Report on sanitation, dispensaries, and jails in Rajputana for 1918, and on vaccination for the year 1918-1919 - 1918-1919
Year: 1918
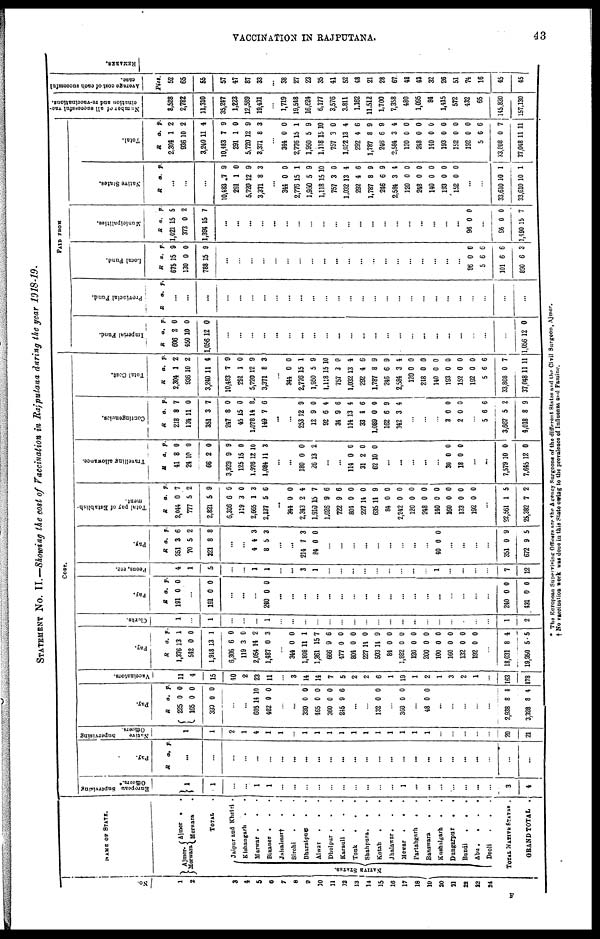
VACCINATION IN RAJPUTANA.
43
STATEMENT No. II.—Showing the cost of Vaccination in Rajputana during the year 1918-19.
No.
1
2
3
4
5
6
7
8
9
10
11
12
13
14
15
16
17
18
19
20
21
22
23
24
NAME OF STATE.
Ajmer¬
Merwara
NATIVE STATES.
Ajmer . .
Merwara .
TOTAL .
Jaipur and Khetri .
Kishangarh
. .
Merwar .
. .
Bikaner . . .
Jaisalmer†
. .
Sirohi
. . .
Bharatpur . .
Alwar
.
. .
Dholpur . . .
Karauli . . .
Tonk
. . .
Shahpura.
. .
Kotah . . .
Jhalawar.
.
.
Mewar .
. .
Partabgarh
. .
Banswara
. .
Kushalgarh
.
.
Dungarpur .
.
Bundi
.
.
.
Abu.
.
.
.
Deoli
.
.
.
TOTAL NATIVE STATES .
GRAND TOTAL .
COST.
European Supervising
Officers.*
1
1
...
...
1
1
...
...
...
...
...
...
...
...
...
...
1
...
...
...
...
...
...
...
3
4
Pay.
R
a. p.
...
...
...
...
...
...
...
...
...
...
...
...
...
...
...
...
...
...
...
...
...
...
...
...
...
...
Native
Supervising
Officers.
1
1
2
1
4
1
1
...
1
1
1
1
1
1
1
1
1
1
1
...
...
...
...
...
20
21
Pay.
R
225
165
390
a.
0
0
0
p.
0
0
0
...
...
605
402
14
0
10
0
...
...
320
465
360
245
0
0
0
9
0
0
0
6
...
...
132 0 0
...
360 0 0
...
48 0 0
...
...
...
...
...
2,938
3,328
3
8
4
4
Vaccinators.
11
4
15
40
2
23
11
...
3
14
14
7
5
2
2
6
1
19
1
2
1
3
2
1
...
163
178
Pay.
R
1,376
542
1,918
6,306
119
2,054
1,487
a.
13
0
13
6
3
14
0
p.
1
0
1
0
0
2
3
...
344
1,808
1,361
666
477
804
227
503
84
1,882
120
200
100
160
132
192
0
11
15
9
0
0
14
14
0
0
0
0
0
0
0
0
0
1
7
6
0
0
0
9
0
0
0
0
0
0
0
0
...
18,031
19,950
8
5
4
5
Clerks.
1
...
1
...
...
...
1
...
...
...
...
...
...
...
...
...
...
...
...
...
...
...
...
...
...
1
2
Pay.
R
191
a.
0
p.
0
...
191 0 0
...
...
...
240 0 0
...
...
...
...
...
...
...
...
...
...
...
...
...
...
...
...
...
...
240
431
0
0
0
0
Peons, etc.
4
1
5
...
...
1
1
...
...
3
1
...
...
...
...
...
...
...
...
...
1
...
...
...
...
7
12
Pay.
R
251
70
321
a.
3
5
8
p.
6
2
8
...
...
4
8
4
5
3
3
...
...
214
84
7
0
3
0
...
...
...
...
...
...
...
...
...
40 0 0
...
...
...
...
351
672
0
9
9
5
Total pay of Establish-
ment.
R
2,044
777
2,821
6,306
119
2,665
2,137
a.
0
5
5
6
3
1
5
p.
7
2
9
0
0
3
6
...
344
2,343
1,910
1,026
722
804
227
635
84
2,242
120
248
140
160
133
192
0
2
15
9
9
0
14
14
0
0
0
0
0
0
0
0
0
4
7
6
6
0
0
9
0
0
0
0
0
0
0
0
...
22,561
25,382
1
7
5
2
Travelling allowance.
R
41
24
66
3,929
125
1,976
1,084
a.
8
10
2
9
15
12
11
p.
0
0
0
9
0
10
3
...
...
180
26
0
13
0
2
...
...
114
31
62
0
2
10
0
0
0
...
...
...
...
...
30
18
0
0
0
0
...
...
7,579
7,645
10
12
0
0
Contingencies.
R
218
134
351
247
45
1,078
149
a.
8
11
3
8
15
14
7
p.
7
0
7
0
0
8
6
...
...
253
12
92
34
114
33
1,089
162
342
12
9
6
9
13
4
0
6
3
9
0
4
6
4
6
0
9
4
...
...
...
3
2
0
0
0
0
...
5
3,667
4,018
6
5
8
6
2
9
Total Cost.
R
2,304
936
3,240
10,483
291
5,720
3,371
a.
1
10
11
7
1
12
8
p.
2
2
4
9
0
9
3
...
344
2,776
1,950
1,118
757
1,032
292
1,787
246
2,584
120
248
140
193
152
192
5
33,808
37,048
0
15
5
15
3
13
4
8
6
3
0
0
0
0
0
0
6
0
11
0
1
9
10
0
4
6
9
9
4
0
0
0
0
0
0
6
7
11
PAID FROM
Imperial Fund.
R
606
450
1,056
a.
2
10
12
p.
0
0
0
...
...
...
...
...
...
...
...
...
...
...
...
...
...
...
...
...
...
...
...
...
...
...
1,056 12 0
Provincial Fund.
R
a p.
...
...
...
...
...
...
...
...
...
...
...
...
...
...
...
...
...
...
...
...
...
...
...
...
...
...
...
Local Fund.
R
675
130
788
a.
15
0
15
p.
9
0
9
...
...
...
...
...
...
...
...
...
...
...
...
...
...
...
...
...
...
...
...
96
5
101
890
0
6
6
6
0
6
6
3
Municipalities.
R
1,021
373
1,394
a.
15
0
15
p.
5
2
7
...
...
...
...
...
...
...
...
...
...
...
...
...
...
...
...
...
...
...
96 0 0
...
96
1,490
0
15
0
7
Native States.
R a. p.
...
...
...
10,483
291
5,720
3,371
7
1
12
8
9
0
9
3
...
344
2,776
1,950
1,118
757
1,032
292
1,787
246
2,584
120
248
140
193
152
0
15
5
15
3
13
4
8
6
3
0
0
0
0
0
0
1
9
10
0
4
6
9
9
4
0
0
0
0
0
...
. . .
33,610
33,610
10
10
1
1
Total.
R
2,304
936
3,240
10,483
291
5,720
3,371
a.
1
10
11
7
1
12
8
p.
2
2
4
9
0
9
3
...
344
2,776
1,950
1,118
757
1,032
292
1,787
246
2,584
120
248
140
193
152
192
5
33,808
37,048
0
15
5
15
3
13
4
8
6
3
0
0
0
0
0
0
6
0
11
0
1
9
10
0
4
6
9
9
4
0
0
0
0
0
0
6
7
11
Number of all successful vac¬
cination and re-vaccinations.
8,528
2,782
11,310
35,247
1,223
12,589
19,431
...
1,719
19,548
16,624
6,177
3,576
3,811
1,162
11,512
1,700
7,358
480
1,095
84
1,415
572
432
65
145,820
157,130
Average cost of each successful
case.
Pies.
52
65
55
57
47
87
33
...
38
27
23
35
41
52
48
21
28
67
48
43
32
26
51
74
16
45
45
REMARKS.
* The European Supervising Officers are the Agency Surgeons of the different States and the Civil Surgeon, Ajmer.
† No vaccination work was done in this State owing to the prevalence of Influenza and Famine.
F